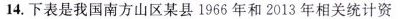
14.下表是我国南方山区某县1966年和2013年相关统计资